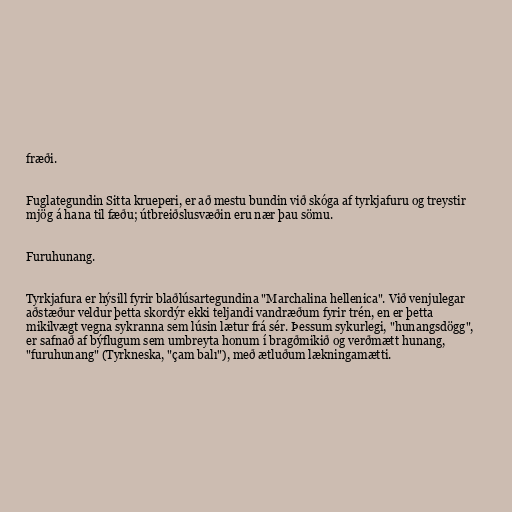
fræði.

Fuglategundin Sitta krueperi, er að mestu bundin við skóga af tyrkjafuru og treystir
mjög á hana til fæðu; útbreiðslusvæðin eru nær þau sömu.

Furuhunang.

Tyrkjafura er hýsill fyrir blaðlúsartegundina "Marchalina hellenica". Við venjulegar
aðstæður veldur þetta skordýr ekki teljandi vandræðum fyrir trén, en er þetta
mikilvægt vegna sykranna sem lúsin lætur frá sér. Þessum sykurlegi, "hunangsdögg",
er safnað af býflugum sem umbreyta honum í bragðmikið og verðmætt hunang,
"furuhunang" (Tyrkneska, "çam balı"), með ætluðum lækningamætti.